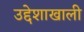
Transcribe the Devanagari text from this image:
उद्देशाखाली